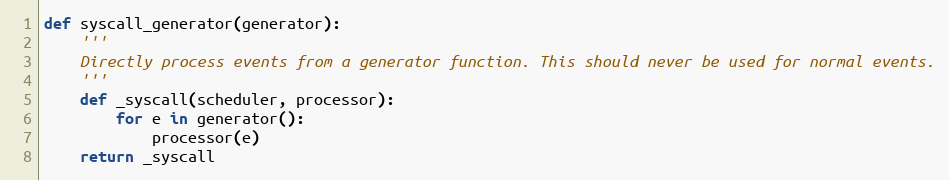
Language: Python
def syscall_generator(generator):
    '''
    Directly process events from a generator function. This should never be used for normal events.
    '''
    def _syscall(scheduler, processor):
        for e in generator():
            processor(e)
    return _syscall